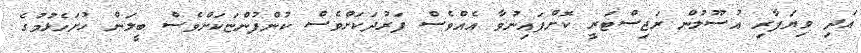
އަދި ވިޔަފާރި އުސޫލުން ރަޖިސްޓަރީ ކޮށްފައިނުވާ އެއްވެސް ފަރުދަކަށްވެސް ކުންފުންޏަކަށްވެސް ބީލަން ހުށަހެޅުމުގެ